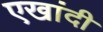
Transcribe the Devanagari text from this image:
एखांदी